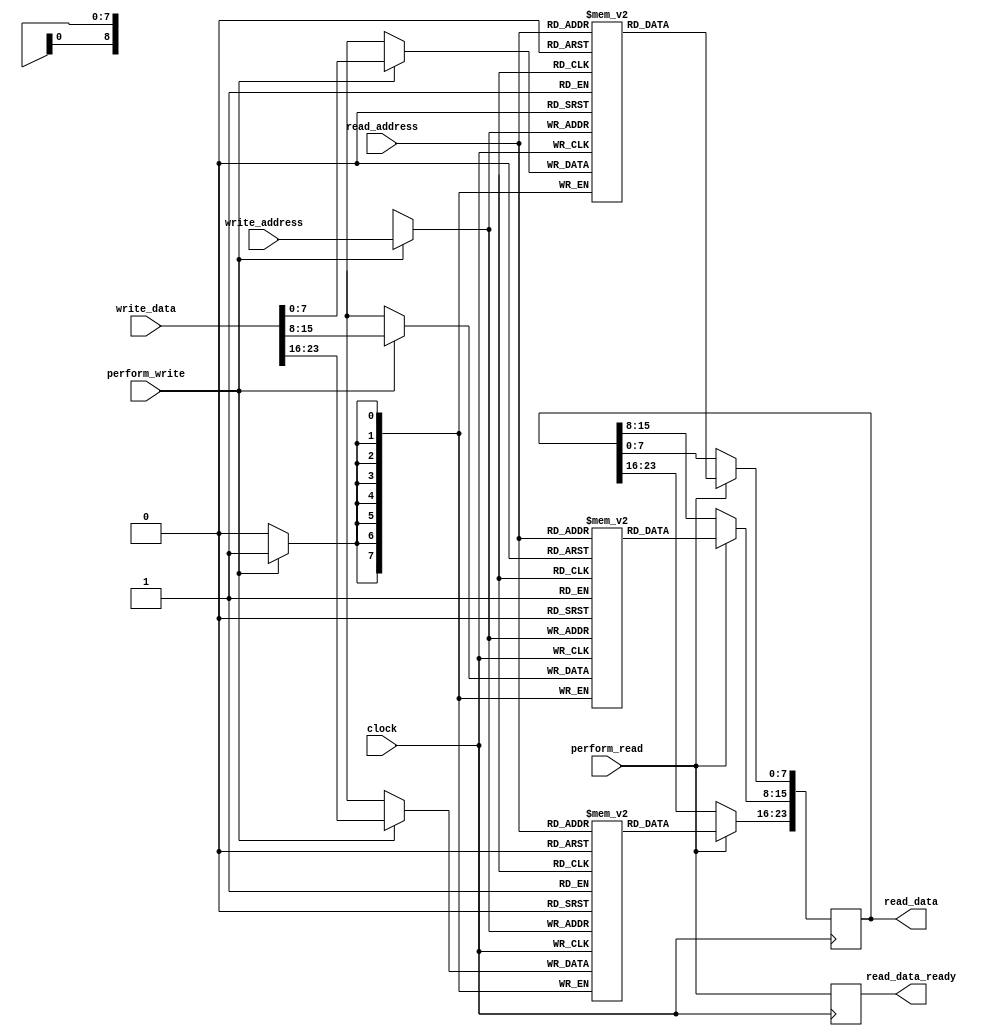

`ifndef MEMORY_V
`define MEMORY_V

module memory(
    input clock,

    input perform_read,
    input [8:0] read_address,
    output reg[23:0] read_data,
    output reg read_data_ready,

    // Note: Holding perform_write low is obligatory, if the write port is not used, otherwise memory content may be overwritten.
    input perform_write,
    input [8:0] write_address,
    input [23:0] write_data
    );

// Dual-ported RAM, see also Silicon Blue iCE40 Technology Library
reg[7:0] mem0[0:511];
reg[7:0] mem1[0:511];
reg[7:0] mem2[0:511];

always @(posedge clock)
begin
    // Read
    if (perform_read)
    begin
        // read_data[23:0] <= 24'h808080;
        read_data[23:16] <= mem2[read_address];
        read_data[15:8] <= mem1[read_address];
        read_data[7:0] <= mem0[read_address];
    end

    // Write
    if (perform_write)
    begin
        mem2[write_address] <= write_data[23:16];
        mem1[write_address] <= write_data[15:8];
        mem0[write_address] <= write_data[7:0];
    end
end

// Assume, data from the RAM is available at the next clock
always @(posedge clock) read_data_ready <= perform_read;

endmodule

`endif